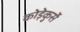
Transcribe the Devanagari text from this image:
कोड़ेकुर्से